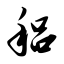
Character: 稆